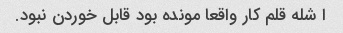
ا‌ شله قلم کار واقعا مونده بود قابل خوردن نبود.